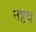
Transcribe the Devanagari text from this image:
नष्टच